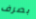
بصرف